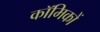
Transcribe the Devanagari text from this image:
काॅमिकों